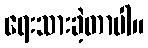
ရေးသားခဲ့တာပါ။